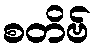
စတိဗ်